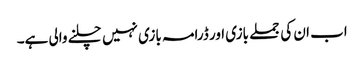
اب ان کی جملے بازی اور ڈرامہ بازی نہیں چلنے والی ہے۔